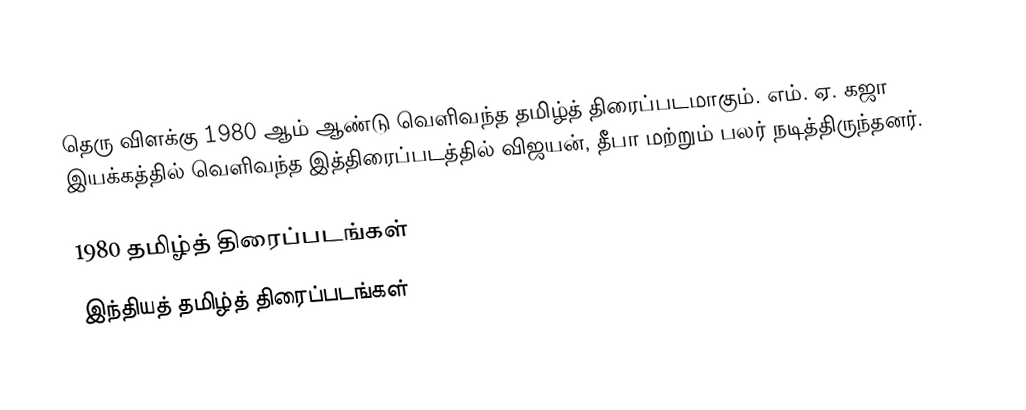
தெரு விளக்கு 1980 ஆம் ஆண்டு வெளிவந்த தமிழ்த் திரைப்படமாகும். எம். ஏ. கஜா இயக்கத்தில் வெளிவந்த இத்திரைப்படத்தில் விஜயன், தீபா மற்றும் பலர் நடித்திருந்தனர்.

1980 தமிழ்த் திரைப்படங்கள்
இந்தியத் தமிழ்த் திரைப்படங்கள்